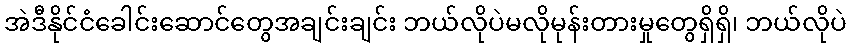
အဲဒီနိုင်ငံခေါင်းဆောင်တွေအချင်းချင်း ဘယ်လိုပဲမလိုမုန်းတားမှုတွေရှိရှိ၊ ဘယ်လိုပဲ